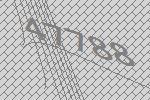
47788